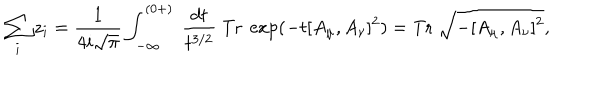
LaTeX: \sum _ { i } z _ { i } = \frac { 1 } { 4 i \sqrt { \pi } } \int _ { - \infty } ^ { ( 0 + ) } ~ \frac { d t } { t ^ { 3 / 2 } } ~ \mathrm { T r } ~ \exp ( - t [ A _ { \mu } , A _ { \nu } ] ^ { 2 } ) = \mathrm { T r } ~ \sqrt { - [ A _ { \mu } , A _ { \nu } ] ^ { 2 } } ,